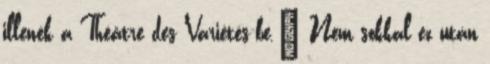
illenék a Théâtre des Variétés-be." Nem sokkal ez után